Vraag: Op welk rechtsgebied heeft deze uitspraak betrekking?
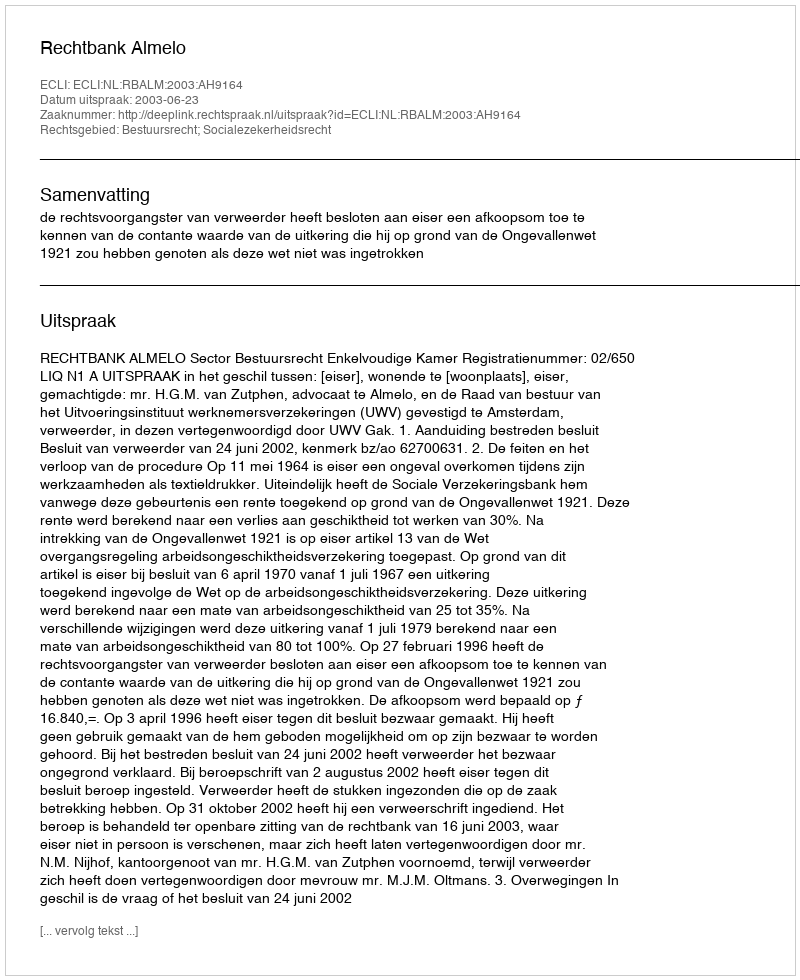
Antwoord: Bestuursrecht; Socialezekerheidsrecht